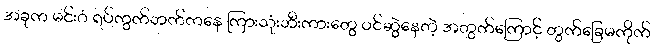
အခုက မင်းဂံ ရပ်ကွက်ဘက်ကနေ ကြားသုံးဘီးကားတွေ ဝင်ဆွဲနေတဲ့ အတွက်ကြောင့် တွက်ခြေမကိုက်